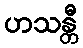
ဟသန္တီ